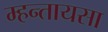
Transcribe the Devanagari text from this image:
म्हन्तायसा